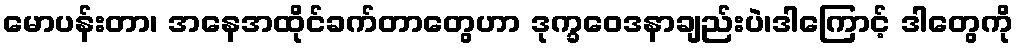
မောပန်းတာ၊ အနေအထိုင်ခက်တာတွေဟာ ဒုက္ခဝေဒနာချည်းပဲ၊ဒါကြောင့် ဒါတွေကို